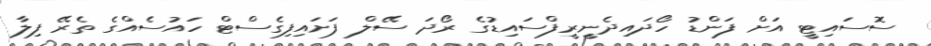
ސޮސައިޓީ އަށް ފަންޑު ހޯދައިދެނީރީފްސައިޑުގެ ރޯދަ ސޭލް ފަށައިފިގެސްޓް ހައުސެއްގެ ތެރޭ ފިލާ